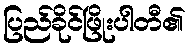
ပြည်ခိုင်ဖြိုးပါတီ၏